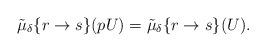
LaTeX: \begin{align*}\tilde{\mu}_\delta\{r\to s\}(pU)=\tilde{\mu}_\delta\{r\to s\}(U).\end{align*}